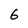
Character: 6